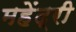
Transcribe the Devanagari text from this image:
महेंद्री